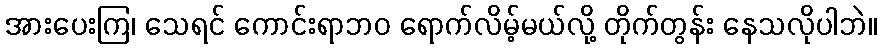
အားပေးကြ၊ သေရင် ကောင်းရာဘဝ ရောက်လိမ့်မယ်လို့ တိုက်တွန်း နေသလိုပါဘဲ။